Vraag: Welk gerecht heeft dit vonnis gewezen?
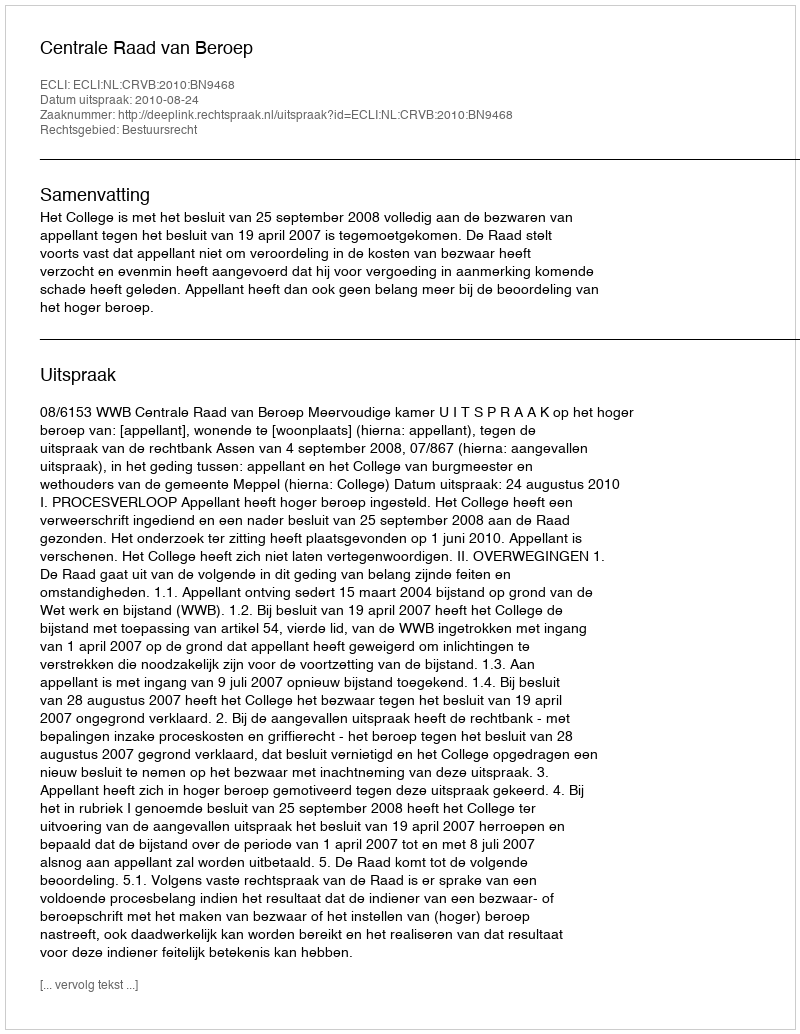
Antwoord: Centrale Raad van Beroep